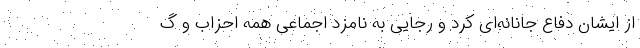
از ایشان دفاع جانانه‌ای کرد و رجایی به نامزد اجماعی همه احزاب و گ